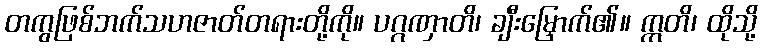
တကွဖြစ်ဘက်သဟဇာတ်တရားတို့ကို။ ပဂ္ဂဏှာတိ၊ ချီးမြှောက်၏။ ဣတိ၊ ထိုသို့